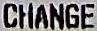
CHANGE